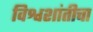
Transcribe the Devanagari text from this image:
विश्वशांतीचा